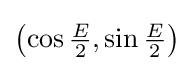
\left(\cos {\tfrac {E}{2}},\sin {\tfrac {E}{2}}\right)